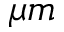
\mu m